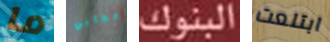
ما إعجابي البنوك ابتلعت